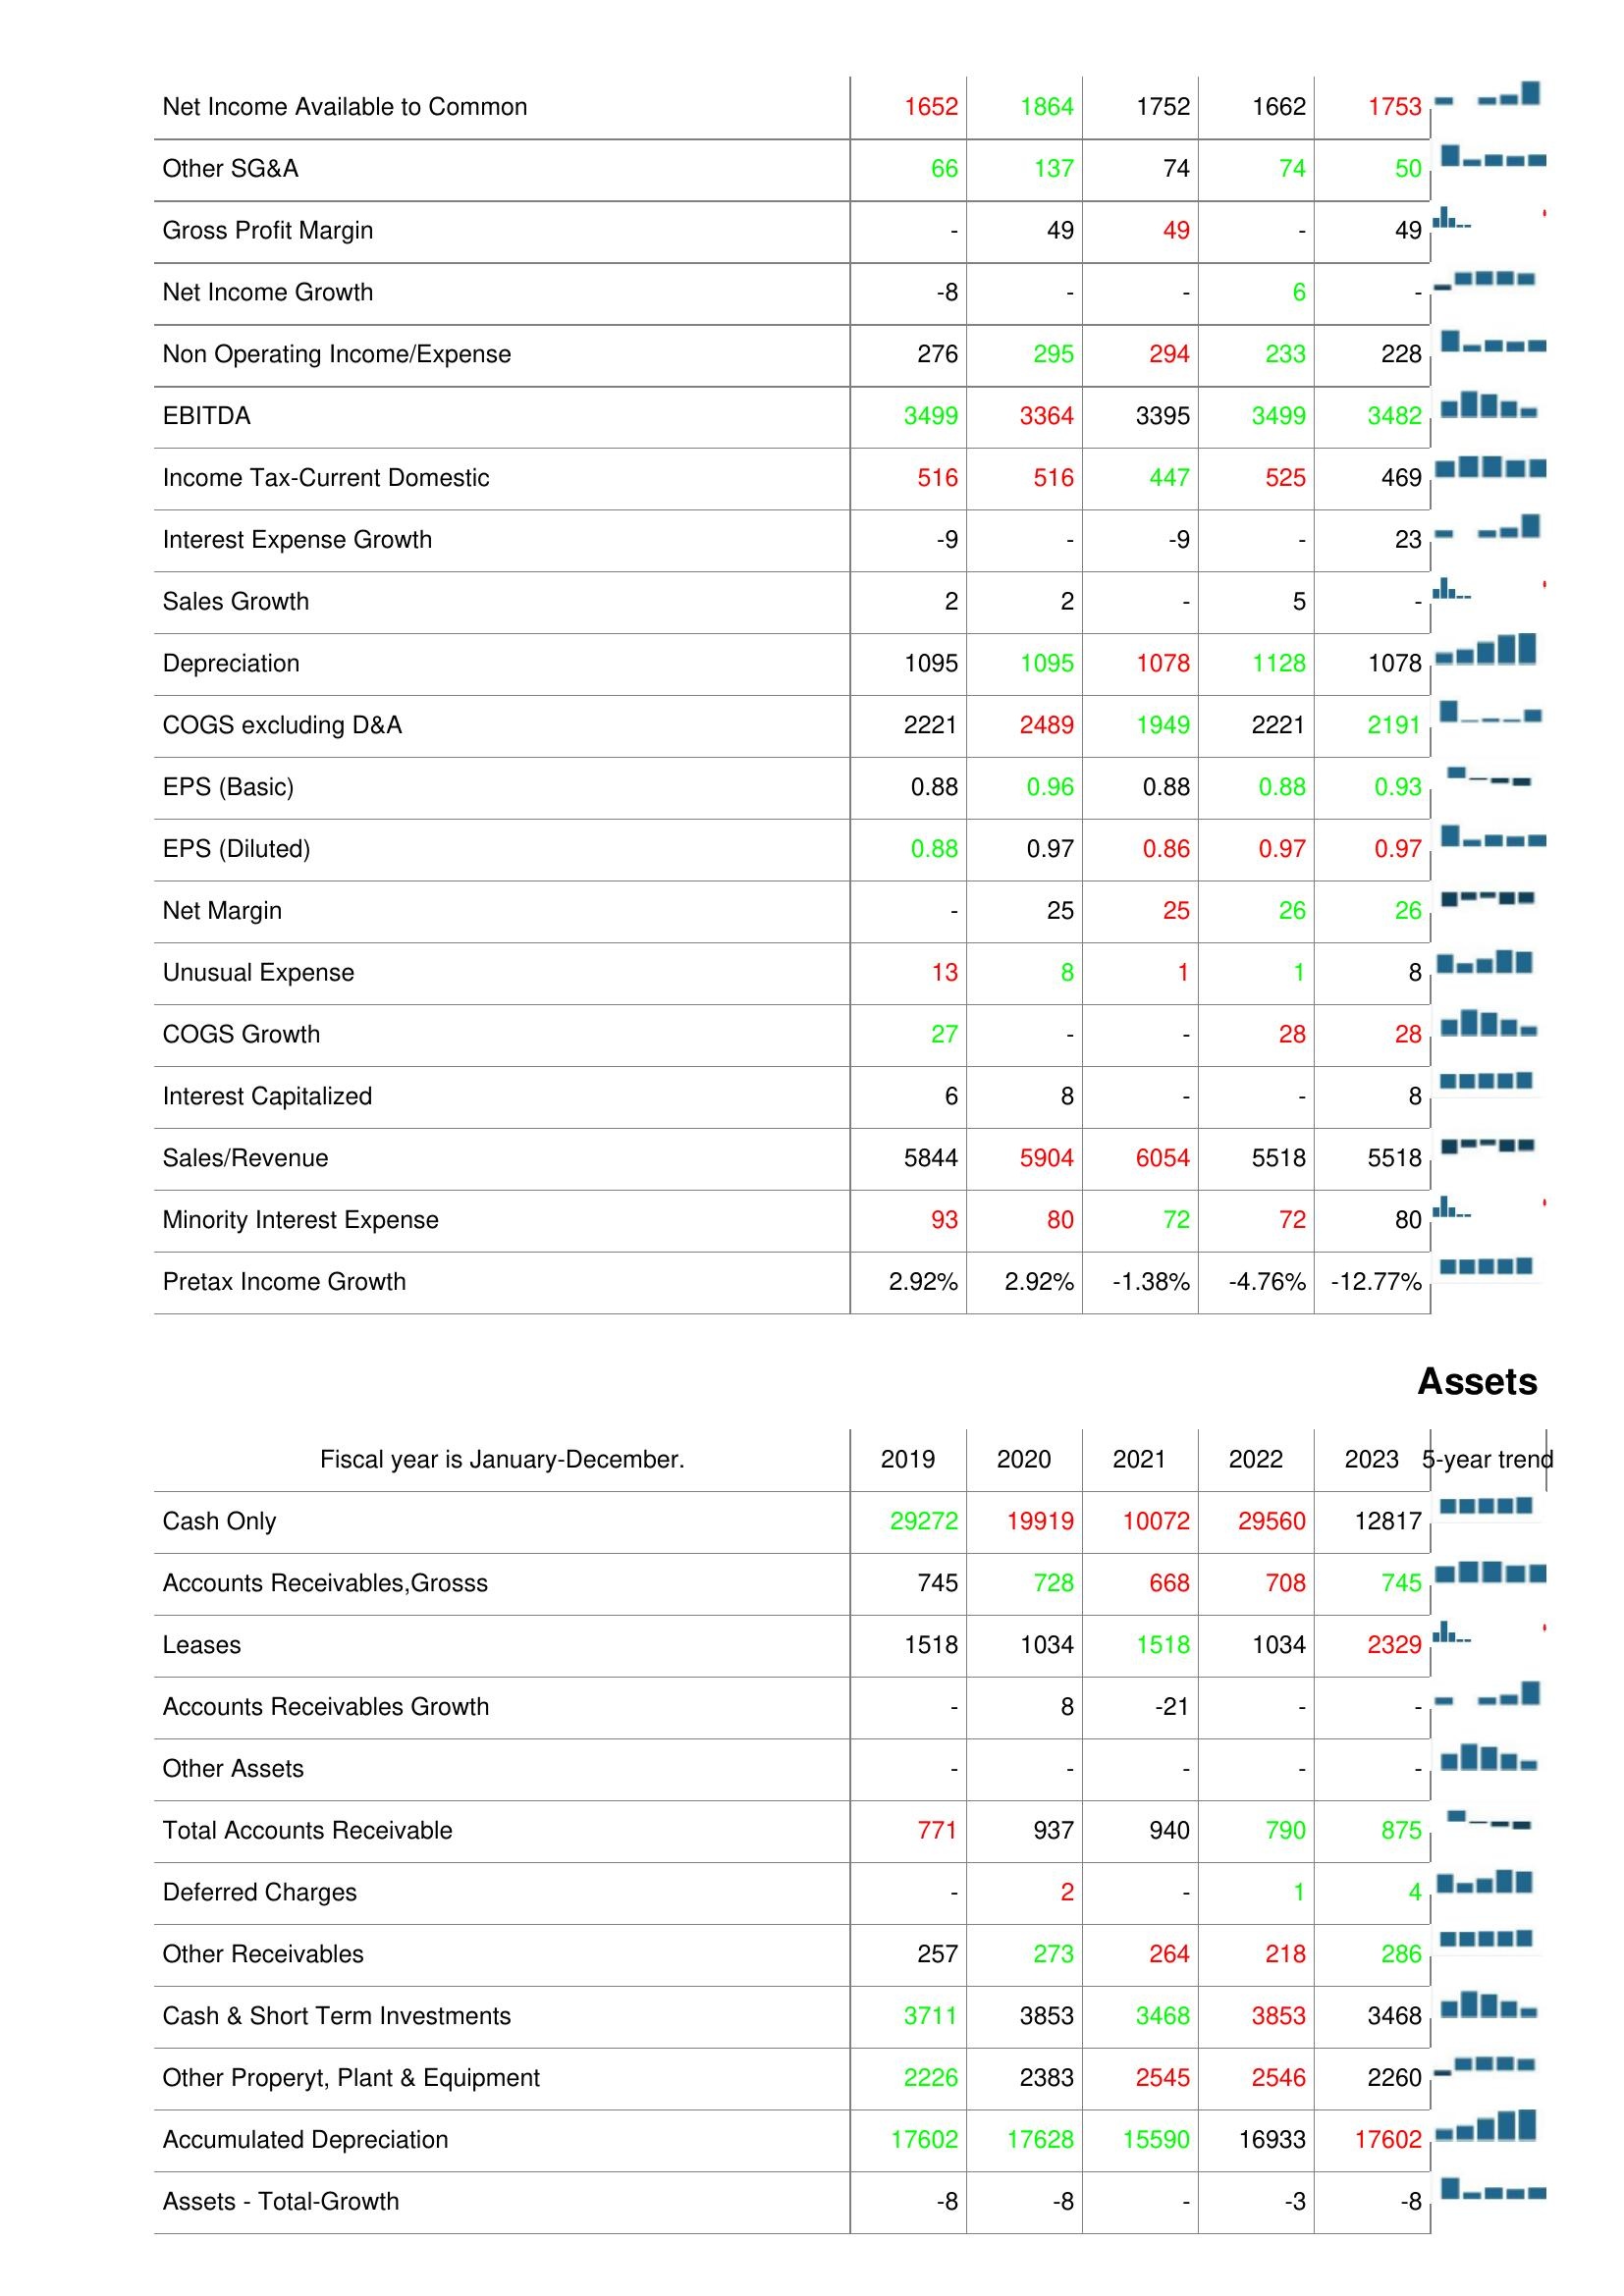
2019: : Net Income Available to Common: 1652
Other SG&A: 66
Gross Profit Margin: -
Net Income Growth: -8
Non Operating Income/Expense: 276
EBITDA: 3499
Income Tax-Current Domestic: 516
Interest Expense Growth: -9
Sales Growth: 2
Depreciation: 1095
COGS excluding D&A: 2221
EPS (Basic): 0.88
EPS (Diluted): 0.88
Net Margin: -
Unusual Expense: 13
COGS Growth: 27
Interest Capitalized: 6
Sales/Revenue: 5844
Minority Interest Expense: 93
Pretax Income Growth: 2.92%
Assets: Cash Only: 29272
Accounts Receivables,Grosss: 745
Leases: 1518
Accounts Receivables Growth: -
Other Assets: -
Total Accounts Receivable: 771
Deferred Charges: -
Other Receivables: 257
Cash & Short Term Investments: 3711
Other Properyt, Plant & Equipment: 2226
Accumulated Depreciation: 17602
Assets - Total-Growth: -8
2020: : Net Income Available to Common: 1864
Other SG&A: 137
Gross Profit Margin: 49
Net Income Growth: -
Non Operating Income/Expense: 295
EBITDA: 3364
Income Tax-Current Domestic: 516
Interest Expense Growth: -
Sales Growth: 2
Depreciation: 1095
COGS excluding D&A: 2489
EPS (Basic): 0.96
EPS (Diluted): 0.97
Net Margin: 25
Unusual Expense: 8
COGS Growth: -
Interest Capitalized: 8
Sales/Revenue: 5904
Minority Interest Expense: 80
Pretax Income Growth: 2.92%
Assets: Cash Only: 19919
Accounts Receivables,Grosss: 728
Leases: 1034
Accounts Receivables Growth: 8
Other Assets: -
Total Accounts Receivable: 937
Deferred Charges: 2
Other Receivables: 273
Cash & Short Term Investments: 3853
Other Properyt, Plant & Equipment: 2383
Accumulated Depreciation: 17628
Assets - Total-Growth: -8
2021: : Net Income Available to Common: 1752
Other SG&A: 74
Gross Profit Margin: 49
Net Income Growth: -
Non Operating Income/Expense: 294
EBITDA: 3395
Income Tax-Current Domestic: 447
Interest Expense Growth: -9
Sales Growth: -
Depreciation: 1078
COGS excluding D&A: 1949
EPS (Basic): 0.88
EPS (Diluted): 0.86
Net Margin: 25
Unusual Expense: 1
COGS Growth: -
Interest Capitalized: -
Sales/Revenue: 6054
Minority Interest Expense: 72
Pretax Income Growth: -1.38%
Assets: Cash Only: 10072
Accounts Receivables,Grosss: 668
Leases: 1518
Accounts Receivables Growth: -21
Other Assets: -
Total Accounts Receivable: 940
Deferred Charges: -
Other Receivables: 264
Cash & Short Term Investments: 3468
Other Properyt, Plant & Equipment: 2545
Accumulated Depreciation: 15590
Assets - Total-Growth: -
2022: : Net Income Available to Common: 1662
Other SG&A: 74
Gross Profit Margin: -
Net Income Growth: 6
Non Operating Income/Expense: 233
EBITDA: 3499
Income Tax-Current Domestic: 525
Interest Expense Growth: -
Sales Growth: 5
Depreciation: 1128
COGS excluding D&A: 2221
EPS (Basic): 0.88
EPS (Diluted): 0.97
Net Margin: 26
Unusual Expense: 1
COGS Growth: 28
Interest Capitalized: -
Sales/Revenue: 5518
Minority Interest Expense: 72
Pretax Income Growth: -4.76%
Assets: Cash Only: 29560
Accounts Receivables,Grosss: 708
Leases: 1034
Accounts Receivables Growth: -
Other Assets: -
Total Accounts Receivable: 790
Deferred Charges: 1
Other Receivables: 218
Cash & Short Term Investments: 3853
Other Properyt, Plant & Equipment: 2546
Accumulated Depreciation: 16933
Assets - Total-Growth: -3
2023: : Net Income Available to Common: 1753
Other SG&A: 50
Gross Profit Margin: 49
Net Income Growth: -
Non Operating Income/Expense: 228
EBITDA: 3482
Income Tax-Current Domestic: 469
Interest Expense Growth: 23
Sales Growth: -
Depreciation: 1078
COGS excluding D&A: 2191
EPS (Basic): 0.93
EPS (Diluted): 0.97
Net Margin: 26
Unusual Expense: 8
COGS Growth: 28
Interest Capitalized: 8
Sales/Revenue: 5518
Minority Interest Expense: 80
Pretax Income Growth: -12.77%
Assets: Cash Only: 12817
Accounts Receivables,Grosss: 745
Leases: 2329
Accounts Receivables Growth: -
Other Assets: -
Total Accounts Receivable: 875
Deferred Charges: 4
Other Receivables: 286
Cash & Short Term Investments: 3468
Other Properyt, Plant & Equipment: 2260
Accumulated Depreciation: 17602
Assets - Total-Growth: -8